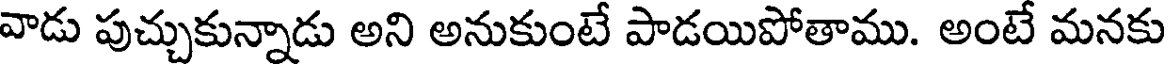
వాడు పుచ్చుకున్నాడు అని అనుకుంటే పాడయిపోతాము. అంటే మనకు